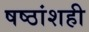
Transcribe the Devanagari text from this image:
षष्ठांशही